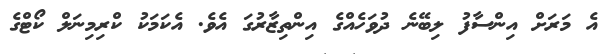
އެ މަރަށް އިންސާފު ލިބޭނެ ދުވަހެއްގެ އިންތިޒާރުގަ އެވެ. އެކަމަކު ކްރިމިނަލް ކޯޓްގެ